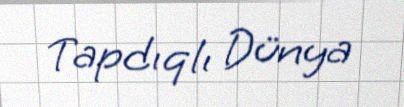
Tapdıqlı Dünya